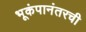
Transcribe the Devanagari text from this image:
भूकंपानंतरची